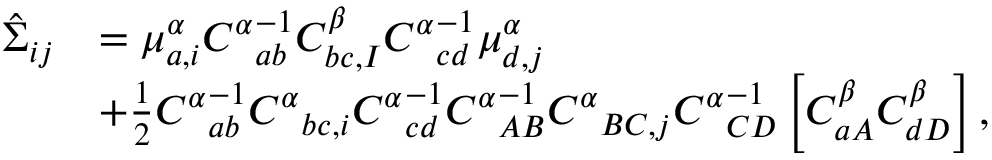
\begin{array} { r l } { \hat { \Sigma } _ { i j } } & { = \mu _ { a , i } ^ { \alpha } { C ^ { \alpha } } _ { a b } ^ { - 1 } C _ { b c , I } ^ { \beta } { C ^ { \alpha } } _ { c d } ^ { - 1 } \mu _ { d , j } ^ { \alpha } } \\ & { + \frac { 1 } { 2 } { C ^ { \alpha } } _ { a b } ^ { - 1 } { C ^ { \alpha } } _ { b c , i } { C ^ { \alpha } } _ { c d } ^ { - 1 } { C ^ { \alpha } } _ { A B } ^ { - 1 } { C ^ { \alpha } } _ { B C , j } { C ^ { \alpha } } _ { C D } ^ { - 1 } \left[ C _ { a A } ^ { \beta } C _ { d D } ^ { \beta } \right] , } \end{array}